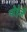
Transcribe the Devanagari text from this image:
पोहेर्जे